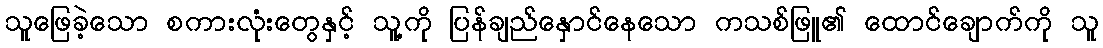
သူဖြေခဲ့သော စကားလုံးတွေနှင့် သူ့ကို ပြန်ချည်နှောင်နေသော ကသစ်ဖြူ၏ ထောင်ချောက်ကို သူ